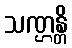
သဏ္ဌန္တိ